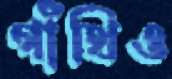
গাঁথিও